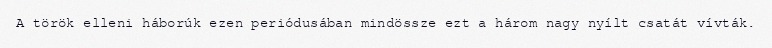
A török elleni háborúk ezen periódusában mindössze ezt a három nagy nyílt csatát vívták.